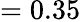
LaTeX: =0.35